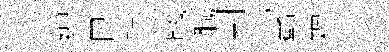
縛巳殪魄職判范贛羶